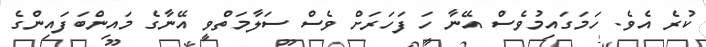
ކުރެ އެވެ. ހަމަގައިމުވެސް އޭނާ ހަ ފަހަރަށް ވެސް ސަލާމަތްވީ އޭނާގެ މައިންބަފައިންގެ